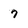
Character: 7